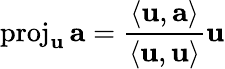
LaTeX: \operatorname{proj}_{\mathbf{u}}\mathbf{a}={\frac{\left\langle\mathbf{u},\mathbf{a}\right\rangle}{\left\langle\mathbf{u},\mathbf{u}\right\rangle}}{\mathbf{u}}